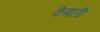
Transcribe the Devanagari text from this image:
केमारी